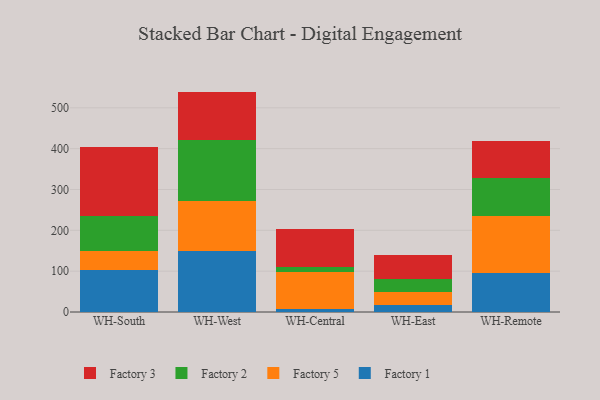
{"axis": {"x": "Warehouse", "y": "Tickets Resolved"}, "legend": ["Factory 1", "Factory 2", "Factory 3", "Factory 5"], "data": [{"x": "WH-South", "y": 102.2, "type": "Factory 1"}, {"x": "WH-South", "y": 47.0, "type": "Factory 5"}, {"x": "WH-South", "y": 85.2, "type": "Factory 2"}, {"x": "WH-South", "y": 169.3, "type": "Factory 3"}, {"x": "WH-West", "y": 149.2, "type": "Factory 1"}, {"x": "WH-West", "y": 122.0, "type": "Factory 5"}, {"x": "WH-West", "y": 151.2, "type": "Factory 2"}, {"x": "WH-West", "y": 117.3, "type": "Factory 3"}, {"x": "WH-Central", "y": 8.1, "type": "Factory 1"}, {"x": "WH-Central", "y": 89.9, "type": "Factory 5"}, {"x": "WH-Central", "y": 11.7, "type": "Factory 2"}, {"x": "WH-Central", "y": 93.9, "type": "Factory 3"}, {"x": "WH-East", "y": 16.8, "type": "Factory 1"}, {"x": "WH-East", "y": 31.5, "type": "Factory 5"}, {"x": "WH-East", "y": 31.9, "type": "Factory 2"}, {"x": "WH-East", "y": 60.0, "type": "Factory 3"}, {"x": "WH-Remote", "y": 96.5, "type": "Factory 1"}, {"x": "WH-Remote", "y": 138.4, "type": "Factory 5"}, {"x": "WH-Remote", "y": 92.4, "type": "Factory 2"}, {"x": "WH-Remote", "y": 90.7, "type": "Factory 3"}]}